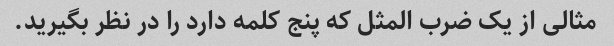
مثالی از یک ضرب المثل که پنج کلمه دارد را در نظر بگیرید.